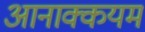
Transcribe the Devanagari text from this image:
आनाक्कयम